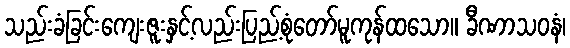
သည်းခံခြင်းကျေးဇူးနှင့်လည်းပြည့်စုံတော်မူကုန်ထသော။ ခီဏာသဝနံ၊